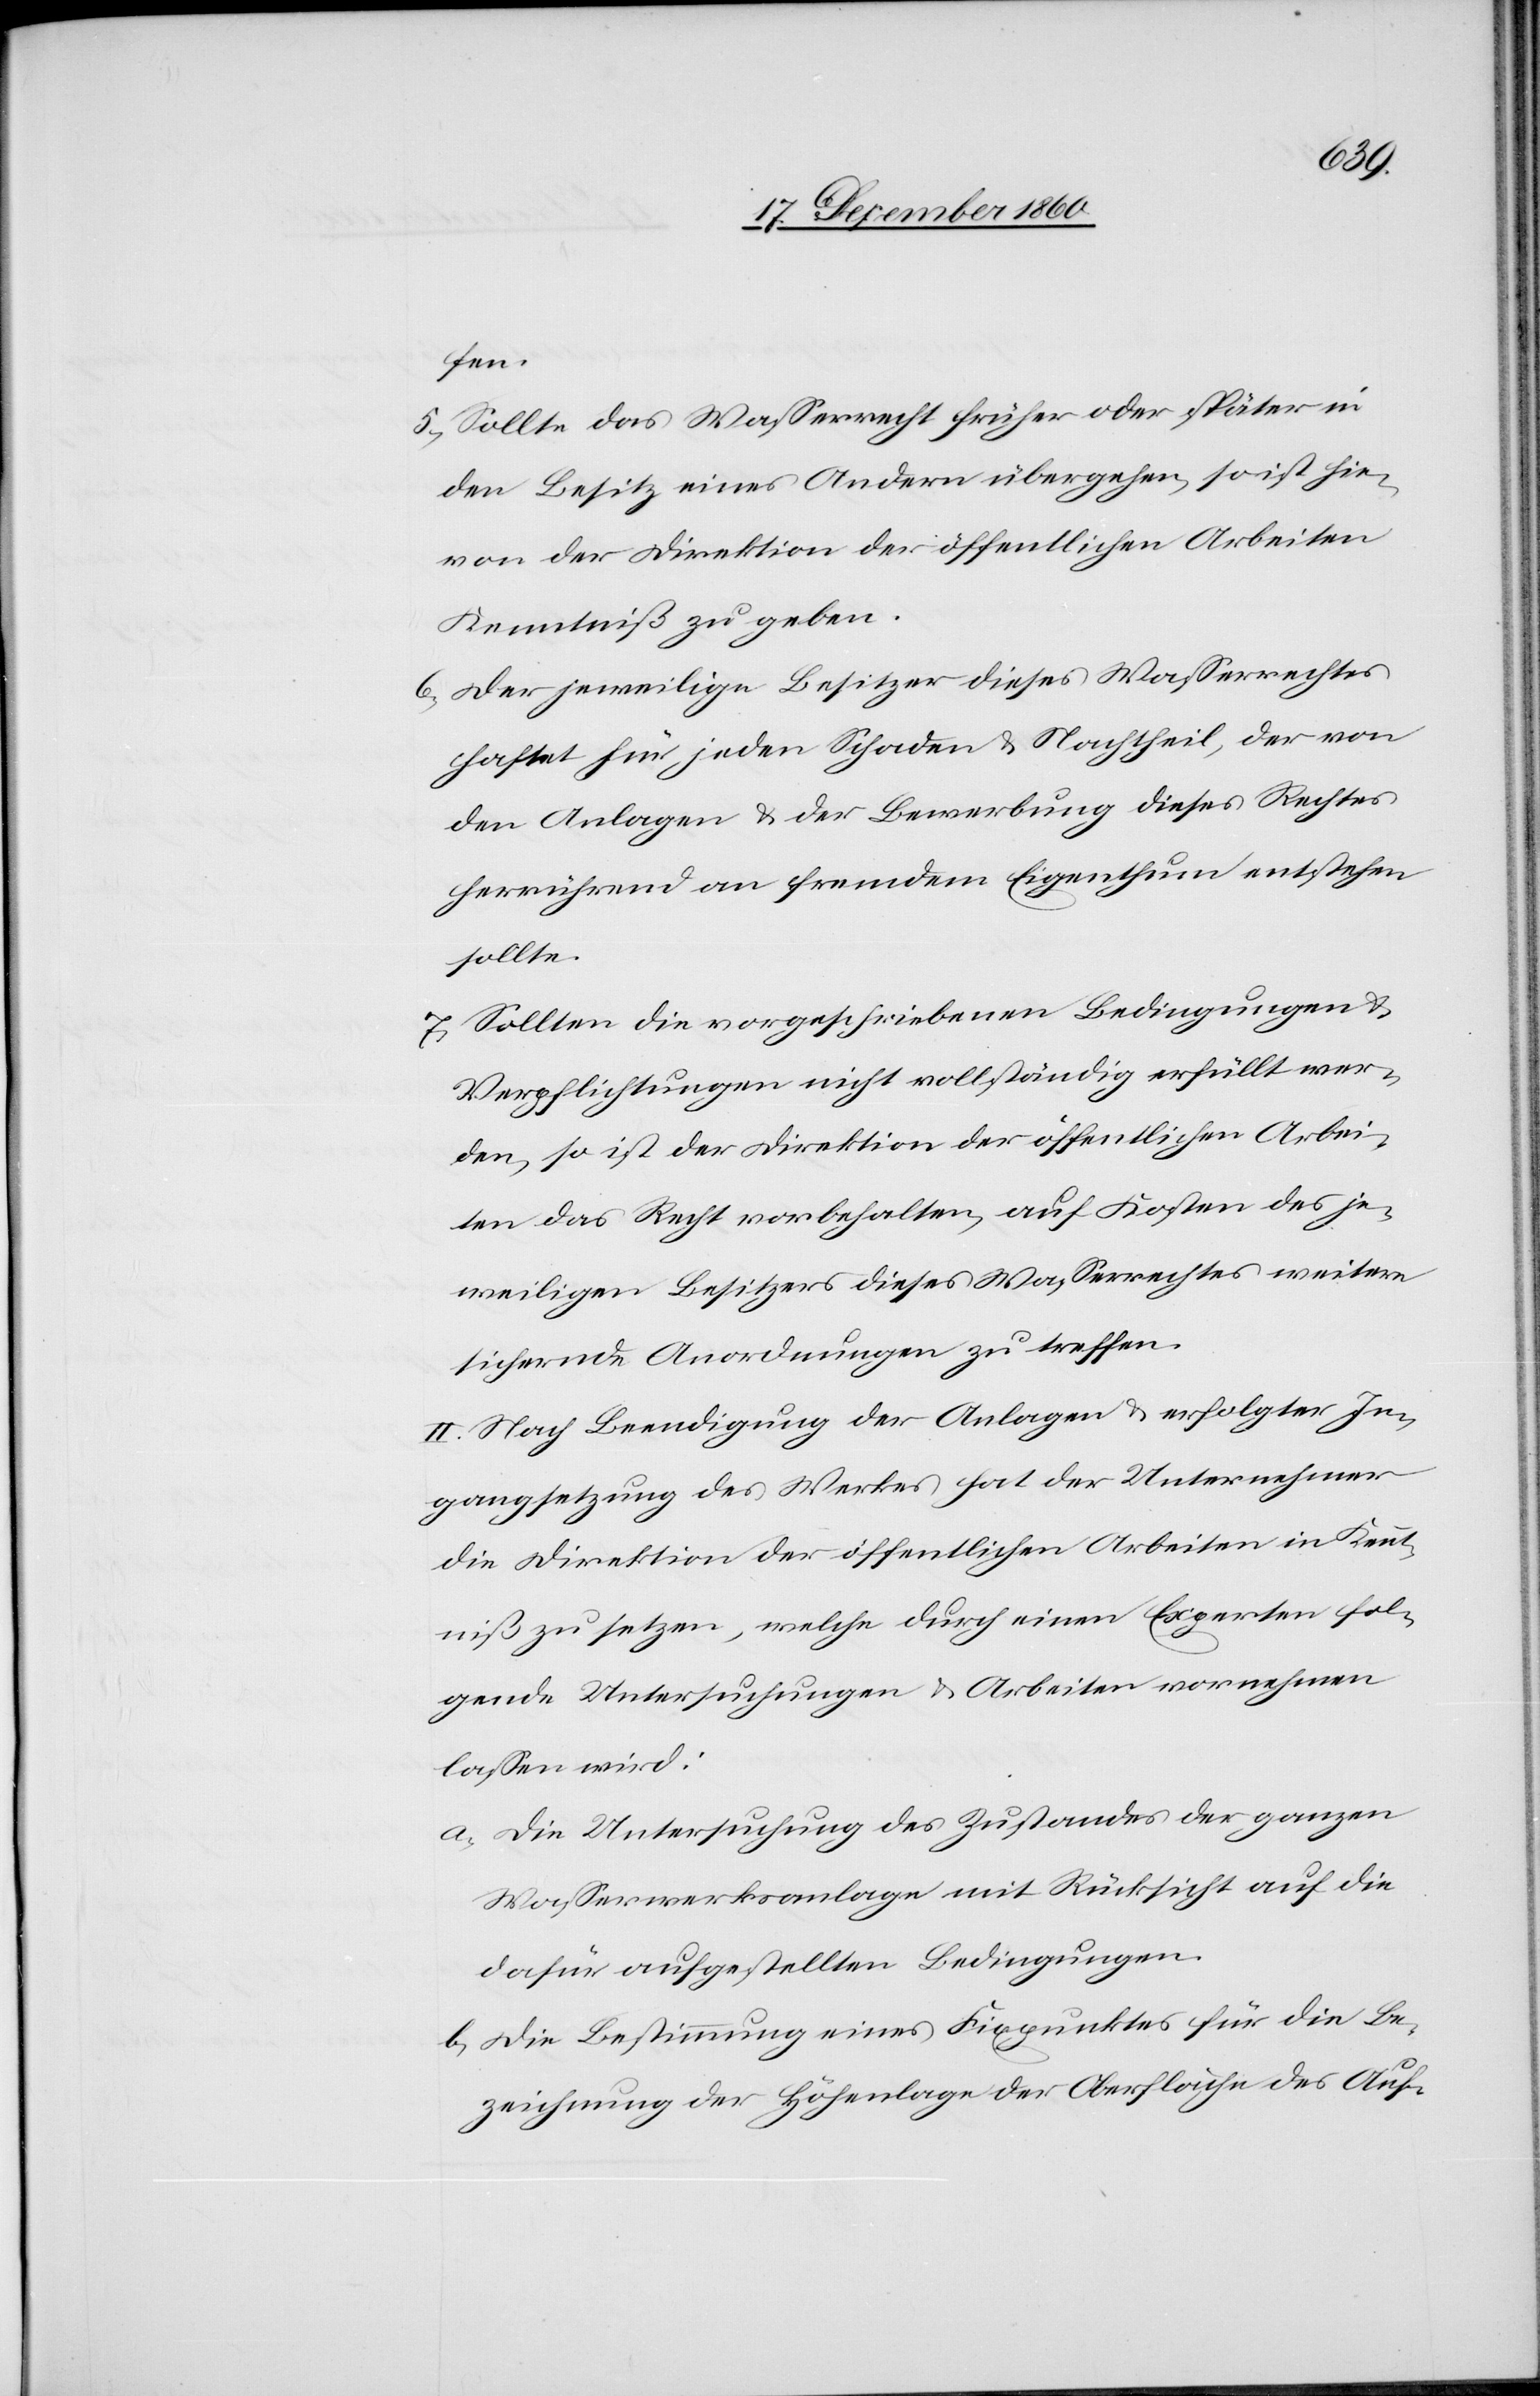
fen.
5. Sollte das Wasserrecht früher oder später in
den Besitz eines Andern übergehen, so ist hie¬
von der Direktion der öffentlichen Arbeiten
Kenntniß zu geben.
6. Der jeweilige Besitzer dieses Wasserrechtes
haftet für jeden Schaden u. Nachtheil, der von
den Anlagen u. der Bewerbung dieses Rechtes
herrührend an fremdem Eigenthum entstehen
sollte.
7. Sollten die vorgeschriebenen Bedingungen u.
Verpflichtungen nicht vollständig erfüllt wer¬
den, so ist der Direktion der öffentlichen Arbei¬
ten das Recht vorbehalten, auf Kosten des je¬
weiligen Besitzers dieses Wasserrechtes weitere
sichernde Anordnungen zu treffen.
II. Nach Beendigung der Anlagen u. erfolgter In¬
gangsetzung des Werkes hat der Unternehmer
die Direktion der öffentlichen Arbeiten in Kennt¬
niß zu setzen, welche durch einen Experten fol¬
gende Untersuchungen u. Arbeiten vornehmen
lassen wird:
a. Die Untersuchung des Zustandes der ganzen
Wasserwerksanlage mit Rücksicht auf die
dafür aufgestellten Bedingungen.
b. Die Bestimmung eines Fixpunktes für die Be¬
zeichnung der Höhenlage der Oberfläche des Auf-